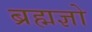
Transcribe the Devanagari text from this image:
ब्रह्मज्ञो